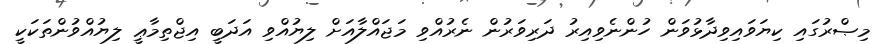
މިޞްރުގައި ކިޔަވައިވިދާޅުވަން ހުންނެވިއިރު ދަރިވަރުން ނެރުއްވި މަޖައްލާއަށް ލިޔުއްވި އަދަބީ އިޖްތިމާޢީ ލިޔުއްވުންތަކަކީ